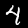
Label: 4